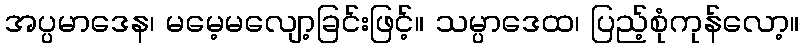
အပ္ပမာဒေန၊ မမေ့မလျော့ခြင်းဖြင့်။ သမ္ပာဒေထ၊ ပြည့်စုံကုန်လော့။